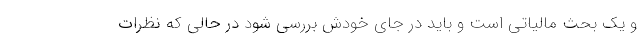
و یک بحث مالیاتی است و باید در جای خودش بررسی شود در حالی که نظرات